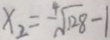
x _ { 2 } = - \sqrt [ 4 ] { 1 2 8 } - 1